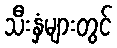
သီးနှံများတွင်